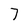
Character: 7